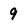
Character: 9